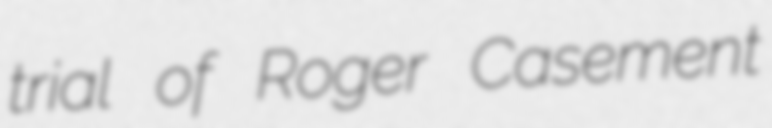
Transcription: trial of Roger Casement